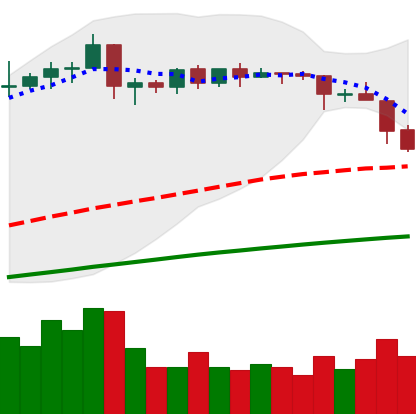
Ticker: EOS-USD
Chart end date: 2019-04-25
Forward return: 5.104%
Label: up_5_7